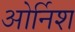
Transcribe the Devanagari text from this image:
ओर्निश